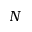
N